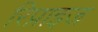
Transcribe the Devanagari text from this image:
रिप्राइज